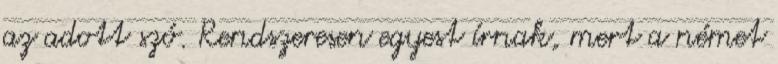
az adott szó. Rendszeresen egyest írnak, mert a német